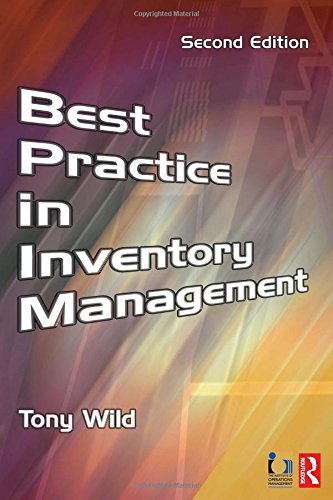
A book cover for Best Practice in Inventory Management; Tony Wild; Business & Money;